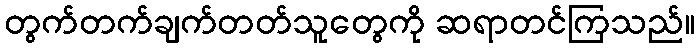
တွက်တက်ချက်တတ်သူတွေကို ဆရာတင်ကြသည်။